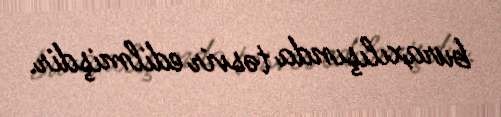
buraxılışında təsvir edilmişdir.